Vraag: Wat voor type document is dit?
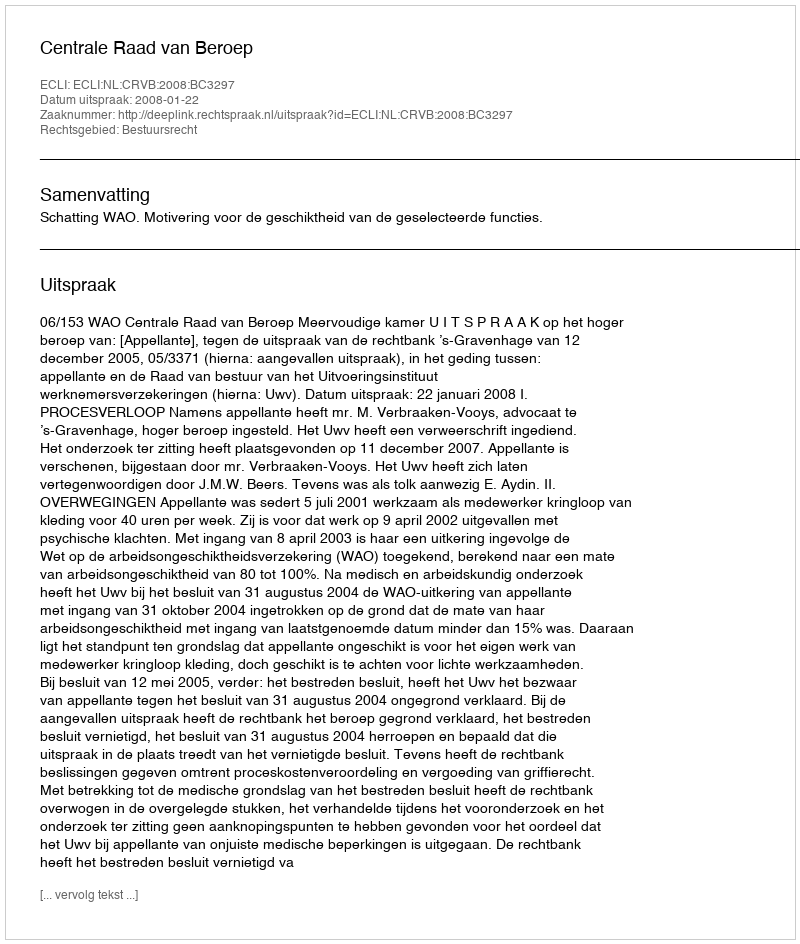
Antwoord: Uitspraak